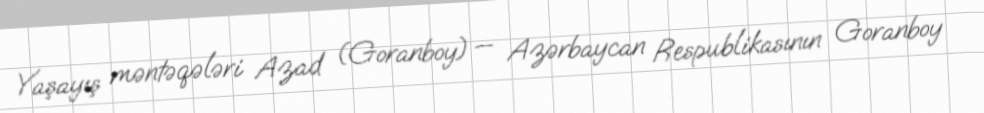
Yaşayış məntəqələri Azad (Goranboy) — Azərbaycan Respublikasının Goranboy